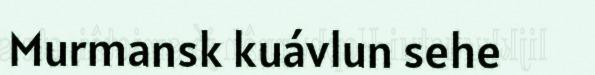
Murmansk kuávlun sehe